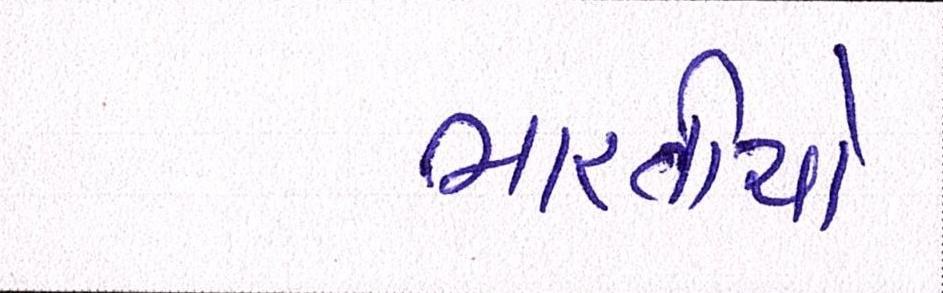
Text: ભારતીયો